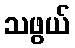
သဖွယ်